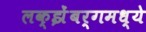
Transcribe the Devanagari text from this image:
लक्झेंबर्गमध्ये